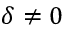
\delta \neq 0